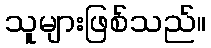
သူများဖြစ်သည်။